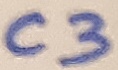
Text: C3